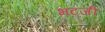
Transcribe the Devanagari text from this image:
भटजी